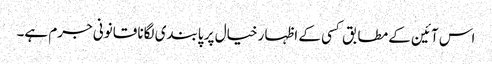
اس آئین کے مطابق کسی کے اظہار خیال پر پابندی لگانا قانونی جرم ہے۔